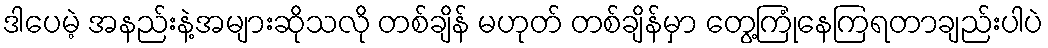
ဒါပေမဲ့ အနည်းနဲ့အများဆိုသလို တစ်ချိန် မဟုတ် တစ်ချိန်မှာ တွေ့ကြုံနေကြရတာချည်းပါပဲ